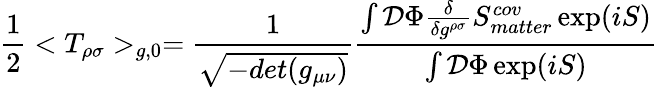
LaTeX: {\frac{1}{2}}<T_{\rho\sigma}>_{g,0}={\frac{1}{\sqrt{-det(g_{\mu\nu})}}}\frac{\int{\cal D}\Phi{\frac{\delta}{\delta g^{\rho\sigma}}}S_{matter}^{cov}\exp(iS)}{\int{\cal D}\Phi\exp(iS)}